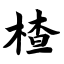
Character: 楂